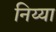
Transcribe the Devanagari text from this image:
निय्या